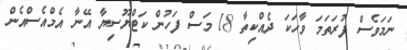
ނަމަވެސް ފުރަތަމަ ވާހަކަ ދެއްކިތާ 18 މަސް ފަހުން ކަޓްޔޫސިޔާ އޭނާ އެމްއެސްއެން